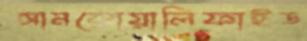
আনকোয়ালিফাইড